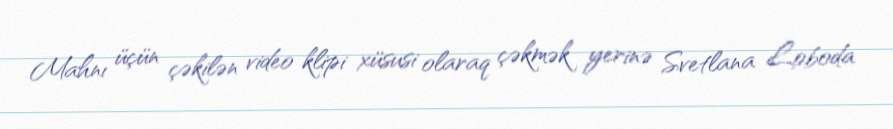
Mahnı üçün çəkilən video klipi xüsusi olaraq çəkmək yerinə Svetlana Loboda